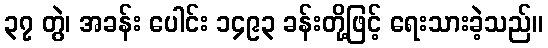
၃၇ တွဲ၊ အခန်း ပေါင်း ၁၄၉၃ ခန်းတို့ဖြင့် ရေးသားခဲ့သည်။